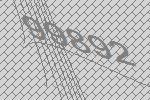
99892